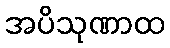
အပိသုဏာထ